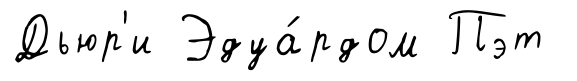
Дьюр'и Эдуа́рдом Пэт